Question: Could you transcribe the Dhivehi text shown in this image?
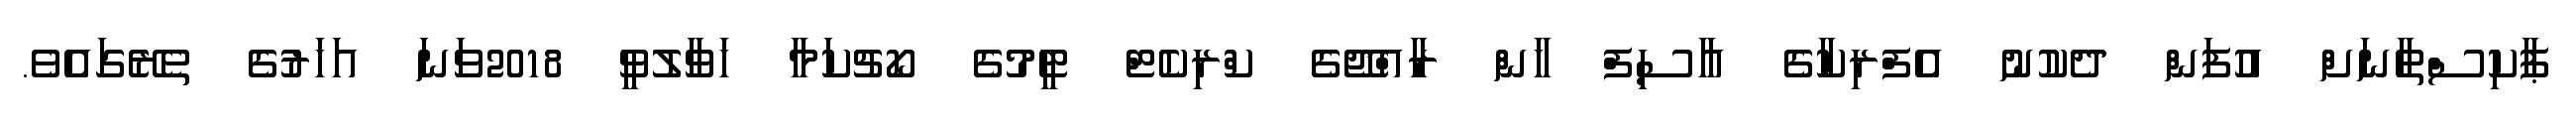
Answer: ޕާކިސްތާނަށް އުފަން ދެކުނު އެފްރިކާގެ އާސިފް ޚާން ރާއްޖޭގެ ކްރިކެޓް ޓީމުގެ ކޯޗުކަމާ ހަވާލުވީ 2018ވަނަ އަހަރުގެ ތެރޭގައެވެ.